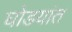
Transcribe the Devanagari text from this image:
घोडयांत